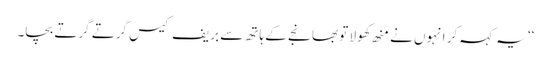
‘‘ یہ کہہ کر انہوں نے منھ کھولا تو بھانجے کے ہاتھ سے بریف کیس گرتے گرتے بچا۔